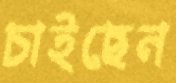
চাইছেন